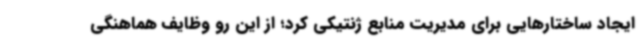
ایجاد ساختارهایی برای مدیریت منابع ژنتیکی کرد؛ از این رو وظایف هماهنگی